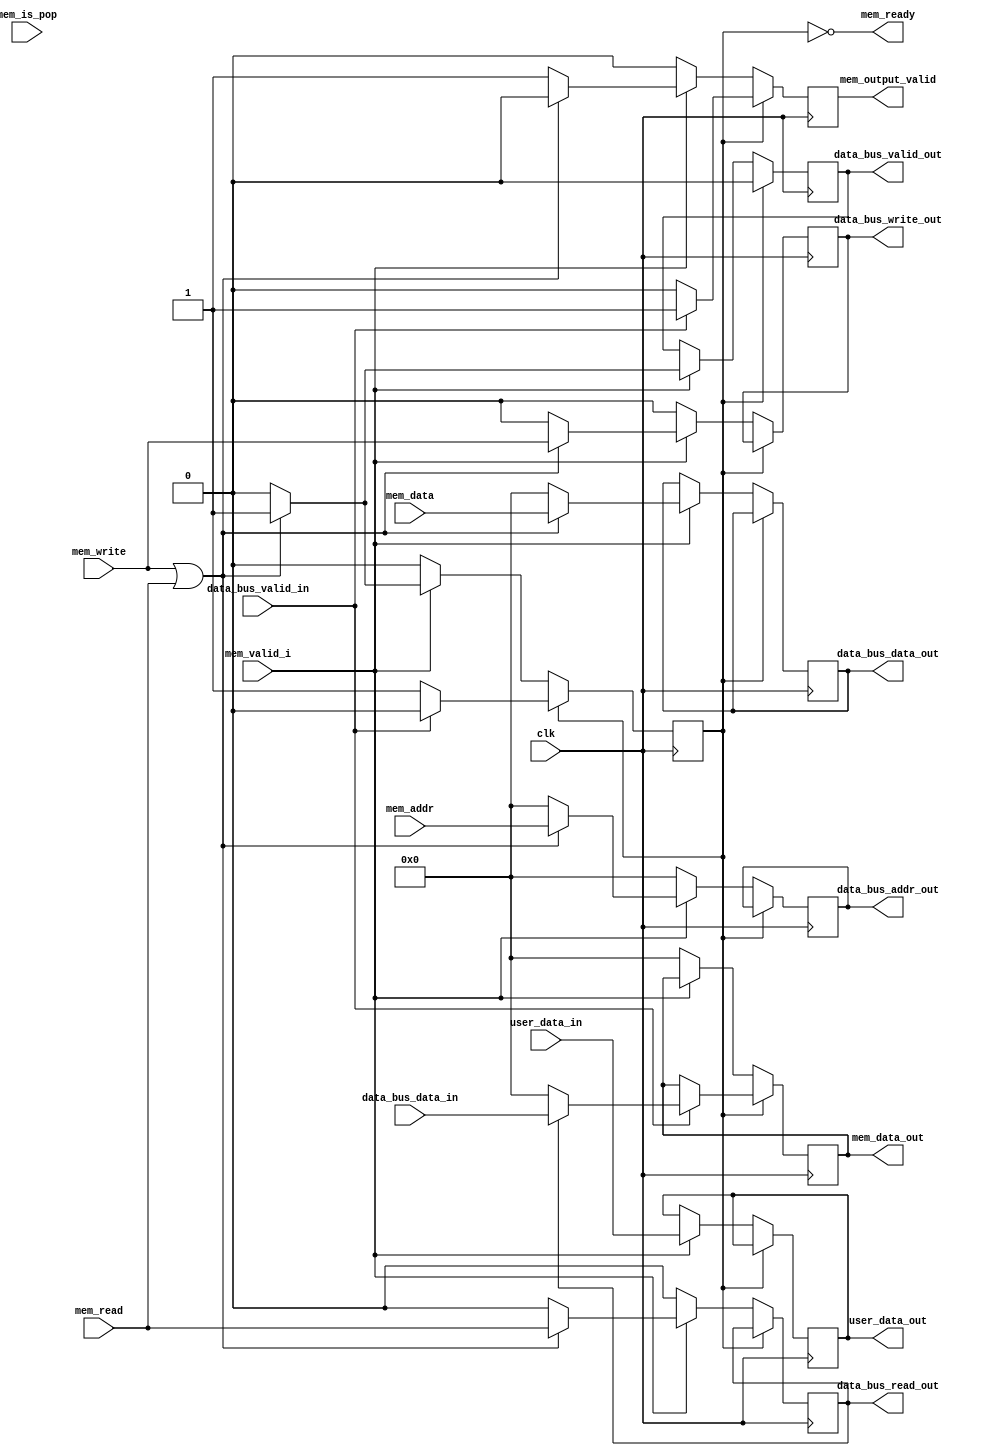
`timescale 1ns/100ps

module W0RM_Core_Memory #(
  parameter SINGLE_CYCLE  = 0,
  parameter USER_WIDTH    = 1,
  parameter ADDR_WIDTH    = 32,
  parameter DATA_WIDTH    = 32
)(
  input wire                    clk,
  
  output wire                   mem_ready,
                                mem_output_valid,
  output wire [DATA_WIDTH-1:0]  mem_data_out,
  
  input wire                    mem_write,
                                mem_read,
                                mem_is_pop,
  input wire  [ADDR_WIDTH-1:0]  mem_data,
                                mem_addr,
  input wire                    mem_valid_i,

  output wire                   data_bus_write_out,
                                data_bus_read_out,
                                data_bus_valid_out,
  output wire [ADDR_WIDTH-1:0]  data_bus_addr_out,
  output wire [DATA_WIDTH-1:0]  data_bus_data_out,
  
  input wire  [DATA_WIDTH-1:0]  data_bus_data_in,
  input wire                    data_bus_valid_in,
  
  input wire  [USER_WIDTH-1:0]  user_data_in,
  output wire [USER_WIDTH-1:0]  user_data_out
);
  reg   [USER_WIDTH-1:0]  user_data_r         = 0;
  reg                     pending_op          = 0,
                          mem_output_valid_r  = 0,
                          mem_write_r         = 0,
                          mem_read_r          = 0,
                          mem_is_pop_r        = 0;
  reg   [DATA_WIDTH-1:0]  mem_data_r          = 0;
  reg   [ADDR_WIDTH-1:0]  mem_addr_r          = 0;
  reg                     mem_valid_r         = 0;
  reg   [DATA_WIDTH-1:0]  mem_result_r        = 0;
  //reg                     mem_ready_r         = 0;

  always @(posedge clk)
  begin
    mem_output_valid_r <= 1'b0;
    if (!pending_op)
    begin
      if (mem_valid_i)
      begin
        if (mem_write || mem_read) // Is this an event we care about?
        begin
          pending_op    <= 1'b1;
          mem_write_r   <= mem_write;
          mem_read_r    <= mem_read;
          mem_is_pop_r  <= mem_is_pop;
          mem_data_r    <= mem_data;
          mem_addr_r    <= mem_addr;
          mem_valid_r   <= 1'b1;
          user_data_r   <= user_data_in;
          mem_output_valid_r  <= 1'b0;
        end
        else
        begin
          pending_op    <= 1'b0;
          mem_write_r   <= 1'b0;
          mem_read_r    <= 1'b0;
          mem_is_pop_r  <= 1'b0;
          mem_data_r    <= 0;
          mem_addr_r    <= 0;
          mem_valid_r   <= 1'b0;
          // Not a real event, just pass it through
          user_data_r         <= user_data_in;
          mem_output_valid_r  <= 1'b1;
        end
      end
      else
      begin
        // Inputs not valid
        pending_op    <= 1'b0;
        mem_write_r   <= 0;
        mem_read_r    <= 0;
        mem_is_pop_r  <= 0;
        mem_addr_r    <= 0;
        mem_data_r    <= mem_data_r; // For forwarding
        mem_result_r  <= 0;
        mem_output_valid_r  <= 1'b0;
      end
    end
    else
    begin
      if (data_bus_valid_in)
      begin
        if (mem_read_r)
        begin
          mem_result_r  <= data_bus_data_in;
        end
        else
        begin
          mem_result_r  <= {DATA_WIDTH{1'b0}};
        end
        
        //! @todo Implement is_pop functionality
        
        mem_output_valid_r  <= 1'b1;
        pending_op          <= 1'b0;
      end
      
      mem_valid_r <= 1'b0;
    end
  end
  
  assign data_bus_write_out  = mem_write_r;
  assign data_bus_read_out   = mem_read_r;
  assign data_bus_valid_out  = mem_valid_r;
  assign data_bus_addr_out   = mem_addr_r;
  assign data_bus_data_out   = mem_data_r;
  
  assign mem_data_out        = mem_result_r;
  assign mem_ready           = ~pending_op;
  assign mem_output_valid    = mem_output_valid_r;
  
  assign user_data_out       = user_data_r;
endmodule